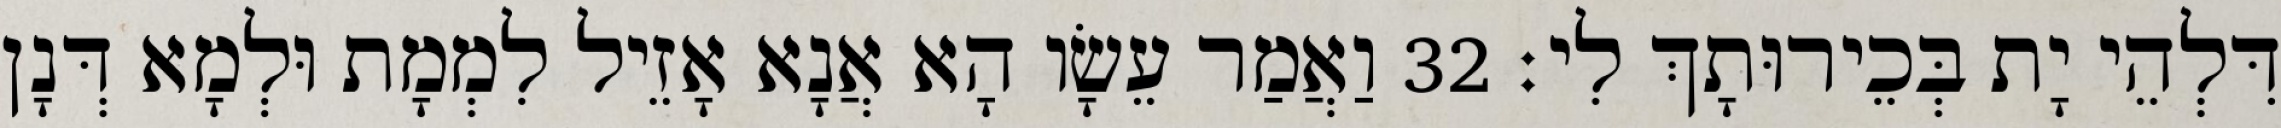
דִּלְהֵי יָת בְּכֵירוּתָךְ לִי׃ 32 וַאֲמַר עֵשָׂו הָא אֲנָא אָזֵיל לִמְמָת וּלְמָא דְּנָן